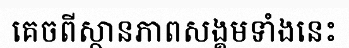
គេចពីស្ថានភាពសង្គមទាំងនេះ